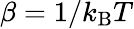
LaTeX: \beta=1/k_{\mathrm{B}}T